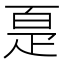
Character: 𰣠